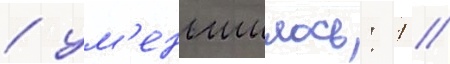
/ ум'еньшилось: 1 //